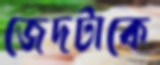
জেদটাকে